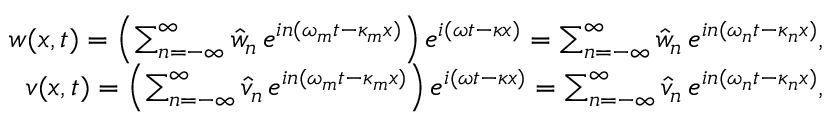
\begin{array} { r } { w ( x , t ) = \left( \sum _ { n = - \infty } ^ { \infty } \hat { w } _ { n } \, e ^ { i n ( \omega _ { m } t - \kappa _ { m } x ) } \right) e ^ { i ( \omega t - \kappa x ) } = \sum _ { n = - \infty } ^ { \infty } \hat { w } _ { n } \, e ^ { i n ( \omega _ { n } t - \kappa _ { n } x ) } , } \\ { v ( x , t ) = \left( \sum _ { n = - \infty } ^ { \infty } \hat { v } _ { n } \, e ^ { i n ( \omega _ { m } t - \kappa _ { m } x ) } \right) e ^ { i ( \omega t - \kappa x ) } = \sum _ { n = - \infty } ^ { \infty } \hat { v } _ { n } \, e ^ { i n ( \omega _ { n } t - \kappa _ { n } x ) } , } \end{array}